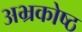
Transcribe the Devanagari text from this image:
अभ्रकोष्ठ